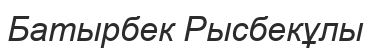
Батырбек Рысбекұлы